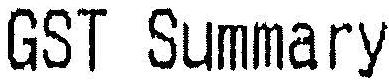
GST SUMMARY